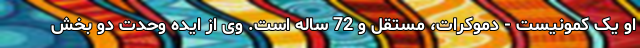
او یک کمونیست - دموکرات، مستقل و 72 ساله است. وی از ایده وحدت دو بخش